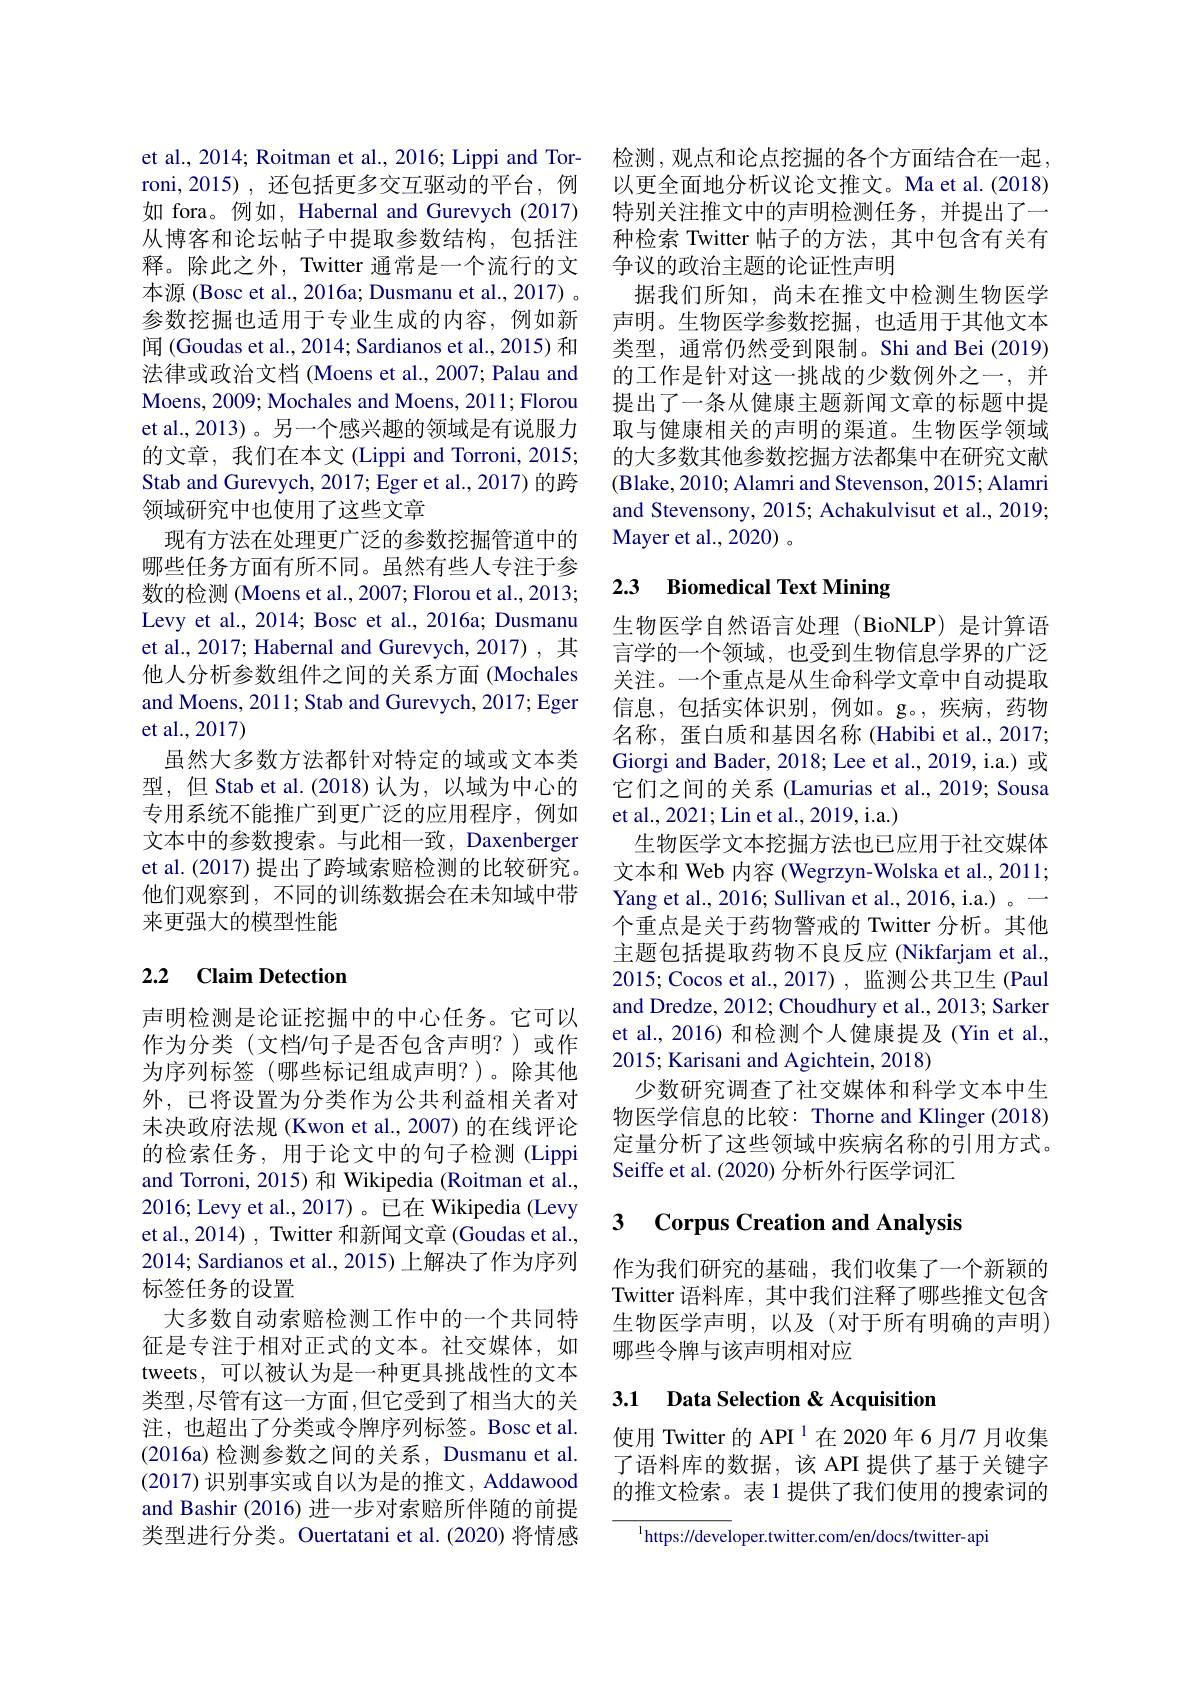
et al., 2014; Roitman et al., 2016; Lippi and Torroni,2015),还包括更多交互驱动的平台，例如 fora。例如，Habernal and Gurevych (2017) 从博客和论坛帖子中提取参数结构，包括注释。除此之外，Twitter 通常是一个流行的文本源 (Bosc et al., 2016a; Dusmanu et al., 2017) 。参数挖掘也适用于专业生成的内容，例如新闻 (Goudas et al., 2014; Sardianos et al., 2015) 和法律或政治文档 (Moens et al., 2007; Palau and Moens, 2009; Mochales and Moens, 2011; Florou et al., 2013)。另一个感兴趣的领域是有说服力的文章，我们在本文 (Lippi and Torroni, 2015; Stab and Gurevych, 2017; Eger et al., 2017) 的跨领域研究中也使用了这些文章
现有方法在处理更广泛的参数挖掘管道中的哪些任务方面有所不同。虽然有些人专注于参数的检测 (Moens et al., 2007; Florou et al., 2013; Levy et al., 2014; Bosc et al., 2016a; Dusmanu et al., 2017; Habernal and Gurevych, 2017) , 其他人分析参数组件之间的关系方面(Mochales and Moens, 2011; Stab and Gurevych, 2017; Eger et al.,2017)
虽然大多数方法都针对特定的域或文本类型，但 Stab et al.(2018)认为，以域为中心的专用系统不能推广到更广泛的应用程序，例如文本中的参数搜索。与此相一致，Daxenberger et al. (2017) 提出了跨域索赔检测的比较研究。他们观察到，不同的训练数据会在未知域中带来更强大的模型性能

## 2.2 Claim Detection

声明检测是论证挖掘中的中心任务。它可以作为分类(文档$\prime$句子是否包含声明？)或作为序列标签(哪些标记组成声明？)。除其他外，已将设置为分类作为公共利益相关者对末决政府法规 (Kwon et al.,2007) 的在线评论的检索任务，用于论文中的句子检测(Lippi and Torroni, 2015) 和 Wikipedia (Roitman et al., 2016; Levy et al., 2017)。已在 Wikipedia (Levy et al., 2014) , Twitter 和新闻文章 (Goudas et al., 2014; Sardianos et al., 2015) 上解决了作为序列标签任务的设置
大多数自动索赔检测工作中的一个共同特征是专注于相对正式的文本。社交媒体，如tweets,可以被认为是一种更具挑战性的文本类型，尽管有这一方面，但它受到了相当大的关注，也超出了分类或令牌序列标签。Bosc et al. (2016a)检测参数之间的关系，Dusmanu et al. (2017)识别事实或自以为是的推文，Addawood and Bashir (2016) 进一步对索赔所伴随的前提类型进行分类。Ouertatani et al.(2020) 将情感

检测，观点和论点挖掘的各个方面结合在一起， 以更全面地分析议论文推文。Ma et al.(2018) 特别关注推文中的声明检测任务，并提出了一种检索 Twitter 帖子的方法，其中包含有关有争议的政治主题的论证性声明
据我们所知，尚未在推文中检测生物医学声明。生物医学参数挖掘，也适用于其他文本类型，通常仍然受到限制。Shi and Bei (2019) 的工作是针对这一挑战的少数例外之一，并提出了一条从健康主题新闻文章的标题中提取与健康相关的声明的渠道。生物医学领域的大多数其他参数挖掘方法都集中在研究文献(Blake, 2010; Alamri and Stevenson, 2015; Alamri and Stevensony, 2015; Achakulvisut et al., 2019; Mayer et al.,2020) 。

# 2.3 Biomedical Text Mining

生物医学自然语言处理(BioNLP)是计算语言学的一个领域，也受到生物信息学界的广泛关注。一个重点是从生命科学文章中自动提取信息，包括实体识别，例如。g。,疾病，药物名称，蛋白质和基因名称 (Habibi et al., 2017; Giorgi and Bader, 2018; Lee et al., 2019, i.a.) 或它们之间的关系 (Lamurias et al., 2019; Sousa et al., 2021; Lin et al., 2019, i.a.)
生物医学文本挖掘方法也已应用于社交媒体文本和 Web 内容 (Wegrzyn-Wolska et al., 2011; Yang et al., 2016; Sullivan et al., 2016, i.a.) 。— 个重点是关于药物警戒的 Twitter 分析。其他主题包括提取药物不良反应 (Nikfarjam et al. 2015;Cocos et al.,2017),监测公共卫生(Paul and Dredze, 2012; Choudhury et al., 2013; Sarker et al., 2016) 和检测个人健康提及(Yin et al., 2015; Karisani and Agichtein, 2018)
少数研究调查了社交媒体和科学文本中生物医学信息的比较：Thorne and Klinger (2018) 定量分析了这些领域中疾病名称的引用方式。Seiffe et al. (2020) 分析外行医学词汇

## 3 $\textbf{Corpus Creation and Analysis}$

作为我们研究的基础，我们收集了一个新颖的Twitter 语料库，其中我们注释了哪些推文包含生物医学声明，以及(对于所有明确的声明) 哪些令牌与该声明相对应

## 3.1 Data Selection & Acquisition

使用 Twitter 的 API $^{1}$在 2020 年 6 月77 月收集了语料库的数据，该 API 提供了基于关键字的推文检索。表 1 提供了我们使用的搜索词的

${^{1}\text{https://devel}}$oper.twitter.com/en/docs/twitter-api